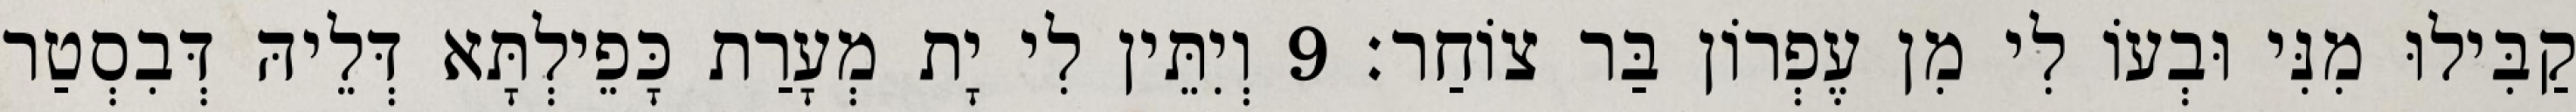
קַבִּילוּ מִנִּי וּבְעוֹ לִי מִן עֶפְרוֹן בַּר צוֹחַר׃ 9 וְיִתֵּין לִי יָת מְעָרַת כָּפֵילְתָּא דְּלֵיהּ דְּבִסְטַר